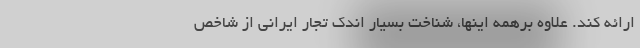
ارائه کند. علاوه برهمه اینها، شناخت بسیار اندک تجار ایرانی از شاخص